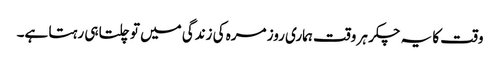
وقت کا یہ چکر ہر وقت ہماری روز مرہ کی زندگی میں تو چلتا ہی رہتا ہے۔